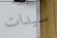
سيدات